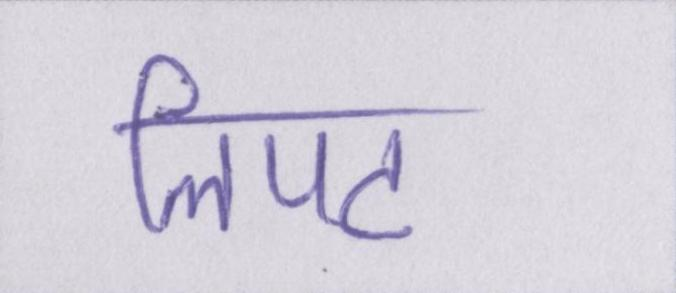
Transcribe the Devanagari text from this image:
लिपट